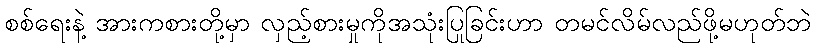
စစ်ရေးနဲ့ အားကစားတို့မှာ လှည့်စားမှုကိုအသုံးပြုခြင်းဟာ တမင်လိမ်လည်ဖို့မဟုတ်ဘဲ